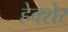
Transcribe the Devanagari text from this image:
हेक्शेर